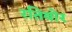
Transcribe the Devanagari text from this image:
रतिबोर